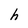
Character: h